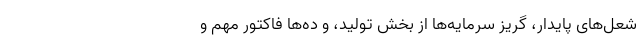
شعل‌های پایدار، گریز سرمایه‌ها از بخش تولید، و ده‌ها فاکتور مهم و